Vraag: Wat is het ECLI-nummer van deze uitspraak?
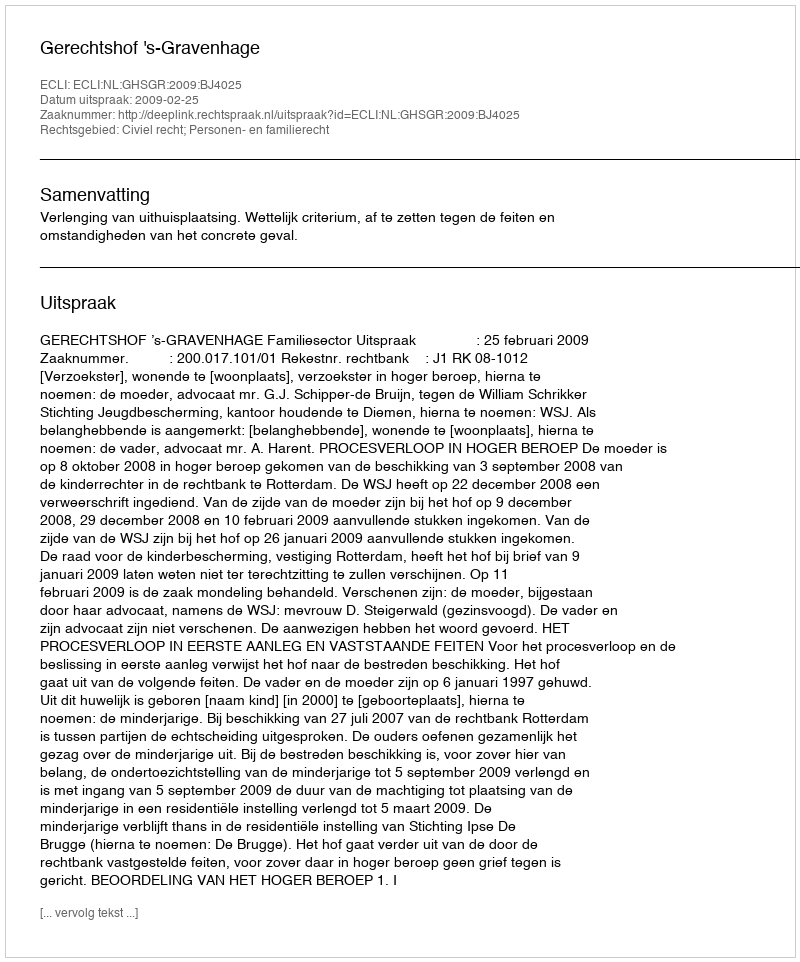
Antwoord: ECLI:NL:GHSGR:2009:BJ4025